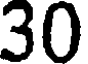
30